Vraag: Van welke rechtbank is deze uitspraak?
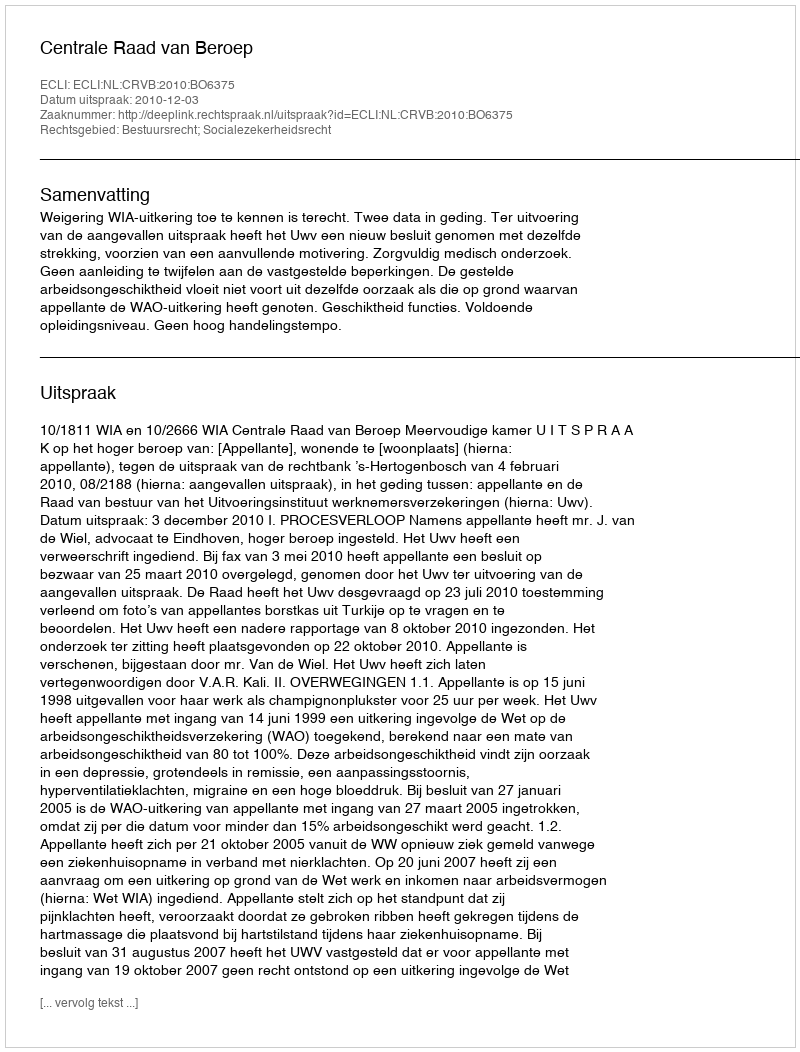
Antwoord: Centrale Raad van Beroep